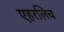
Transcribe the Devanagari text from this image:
एहरलिच